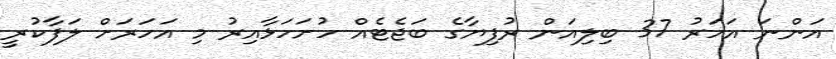
އަންނަ އަހަރު 37 ބިލިއަން ރުފިޔާގެ ބަޖެޓެއް ހުށަހަޅާއިރު މި އަހަރަށް ލަފާކުރީ